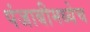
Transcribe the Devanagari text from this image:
पंजाबीमध्येच